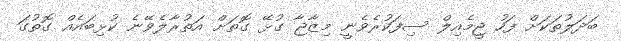
ބަދަލުތަކަށް ފަހު ޖީމެއިލް ސިފަކުރެވެނީ މިޒާޖާ ގުޅޭ ގޮތަށް އަތުރާލެވޭނެ ކުޅިބައެއް ގޮތުގަ